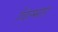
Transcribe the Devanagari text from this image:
विल्मार